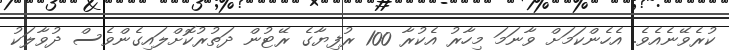
ކުރެވޭނެއެވެ. އެހެންކަމަށް ވާނަމަ މިހާރު އެކުރާ 100 ރުފިޔާގެ ރޭޓުން ދަތުރުކޮށްލައިގެންވެސް ދުވާލަކު